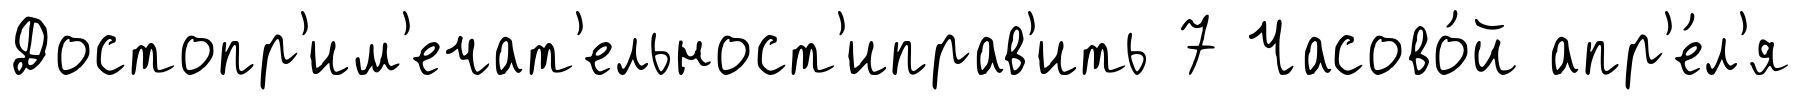
Достопр'им'ечат'ельност'иправ'ить 7 Часово́й апр'е́л'я